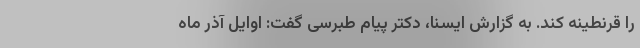
را قرنطینه کند. به گزارش ایسنا، دکتر پیام طبرسی گفت: اوایل آذر ماه